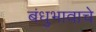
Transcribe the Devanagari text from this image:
बंधुभावाचे